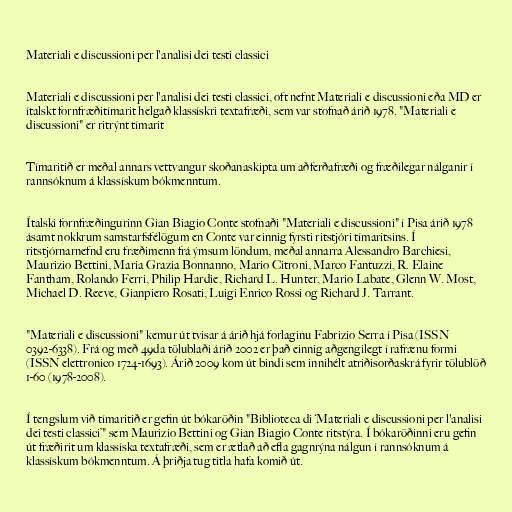
Materiali e discussioni per l'analisi dei testi classici

Materiali e discussioni per l'analisi dei testi classici, oft nefnt Materiali e discussioni eða MD er
ítalskt fornfræðitímarit helgað klassískri textafræði, sem var stofnað árið 1978. "Materiali e
discussioni" er ritrýnt tímarit

Tímaritið er meðal annars vettvangur skoðanaskipta um aðferðafræði og fræðilegar nálganir í
rannsóknum á klassískum bókmenntum.

Ítalski fornfræðingurinn Gian Biagio Conte stofnaði "Materiali e discussioni" í Pisa árið 1978
ásamt nokkrum samstarfsfélögum en Conte var einnig fyrsti ritstjóri tímaritsins. Í
ritstjórnarnefnd eru fræðimenn frá ýmsum löndum, meðal annarra Alessandro Barchiesi,
Maurizio Bettini, Maria Grazia Bonnanno, Mario Citroni, Marco Fantuzzi, R. Elaine
Fantham, Rolando Ferri, Philip Hardie, Richard L. Hunter, Mario Labate, Glenn W. Most,
Michael D. Reeve, Gianpiero Rosati, Luigi Enrico Rossi og Richard J. Tarrant.

"Materiali e discussioni" kemur út tvisar á árið hjá forlaginu Fabrizio Serra í Pisa (ISSN
0392-6338). Frá og með 49da tölublaði árið 2002 er það einnig aðgengilegt í rafrænu formi
(ISSN elettronico 1724-1693). Árið 2009 kom út bindi sem innihélt atriðisorðaskrá fyrir tölublöð
1-60 (1978-2008).

Í tengslum við tímaritið er gefin út bókaröðin "Biblioteca di ‘Materiali e discussioni per l'analisi
dei testi classici’" sem Maurizio Bettini og Gian Biagio Conte ritstýra. Í bókaröðinni eru gefin
út fræðirit um klassíska textafræði, sem er ætlað að efla gagnrýna nálgun í rannsóknum á
klassískum bókmenntum. Á þriðja tug titla hafa komið út.